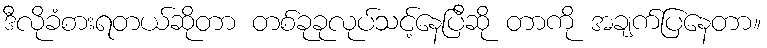
ဒီလိုခံစားရတယ်ဆိုတာ တစ်ခုခုလုပ်သင့်နေပြီဆို တာကို အချက်ပြနေတာ။